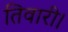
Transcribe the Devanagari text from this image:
तिवारी।